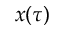
x ( \tau )